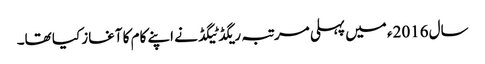
سال 2016ء میں پہلی مرتبہ ریگڈ ٹیگڈ نے اپنے کام کا آغاز کیا تھا۔